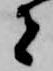
者